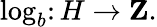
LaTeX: \log_{b}\colon H\rightarrow\mathbf{Z}.